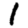
Digit: 1